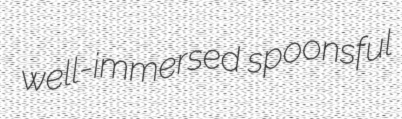
well-immersed spoonsful